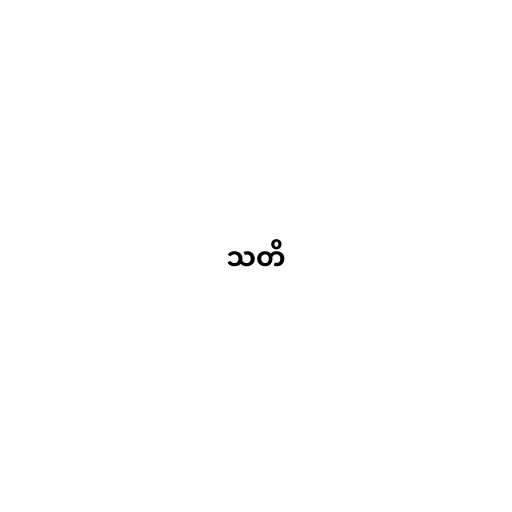
သတိ